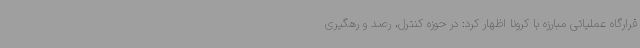
قرارگاه عملیاتی مبارزه با کرونا اظهار کرد: در حوزه کنترل، رصد و رهگیری